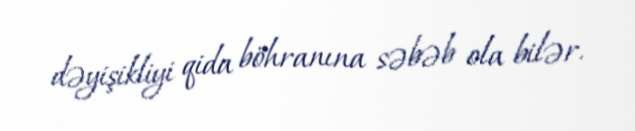
dəyişikliyi qida böhranına səbəb ola bilər.